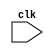
`timescale 1ns/1ps

module clk_gen(clk);
  input clk;
endmodule

//Testbench

`timescale 1ns/1ps
module clk_gen_tb;
  reg clk;
  initial begin
    clk=0;
  $dumpfile("clk_gen_tb.vcd");
  $dumpvars;
  end
  
  always clk = #100 ~clk;
  
  initial
    #1000 $finish;
endmodule